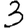
Digit: 3